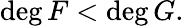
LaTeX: \deg F<\deg G.